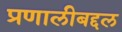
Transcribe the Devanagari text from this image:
प्रणालीबद्दल